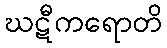
ဃဋီကရောတိ